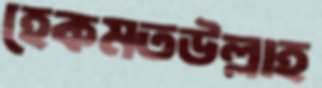
হেকমতউল্লাহ